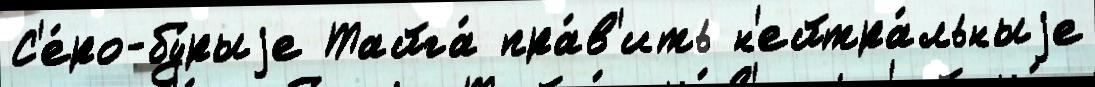
С'е́ро-бу́рыjе Тайга́ пра́в'ить н'ейтра́льныjе